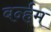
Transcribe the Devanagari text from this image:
बर्न्हम